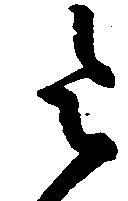
令